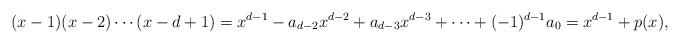
LaTeX: \begin{align*}(x-1)(x-2)\cdots(x-d+1)=x^{d-1}-a_{d-2}x^{d-2}+a_{d-3}x^{d-3}+\cdots+(-1)^{d-1}a_0=x^{d-1}+p(x),\end{align*}